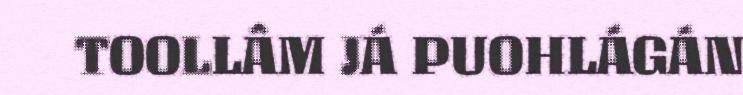
TOOLLÂM JÁ PUOHLÁGÁN